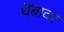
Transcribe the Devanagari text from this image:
थेंबावर